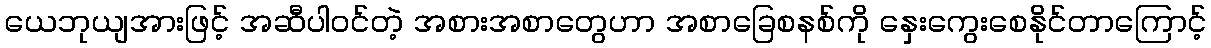
ယေဘုယျအားဖြင့် အဆီပါဝင်တဲ့ အစားအစာတွေဟာ အစာခြေစနစ်ကို နှေးကွေးစေနိုင်တာကြောင့်